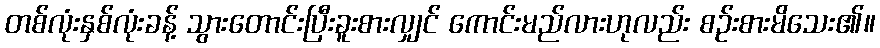
တစ်လုံးနှစ်လုံးခန့် သွားတောင်းပြီးခူးစားလျှင် ကောင်းမည်လားဟုလည်း စဉ်းစားမိသေး၏။